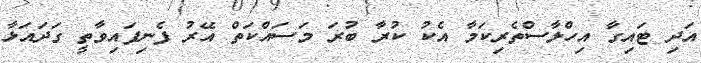
އަދި ޓައިގާ އިހްލާސްތެރިކަމާ އެކު ކުރާ ބުރަ މަސައްކަތް އޭރު ފެނިފައިވާތީ ގަދައަޅާ